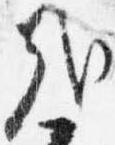
哉